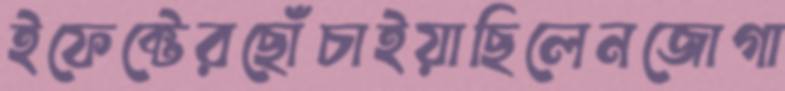
ইফেক্টেরছোঁচাইয়াছিলেনজোগা